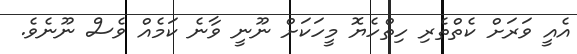
އެއީ ވަރަށް ކެތްތެރި ހިތްހެޔޮ މީހަކަށް ނޫނީ ވާނެ ކަމެއް ވެސް ނޫނެވެ.